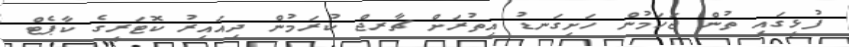
ފުޅީގައި ތުން ޖަހަމުން ހަށިގަނޑު އިތުރަށް ޗާރޖް ކުރަމުން ދިއައިރު ކޮޓަރީގެ ކާޕެޓް